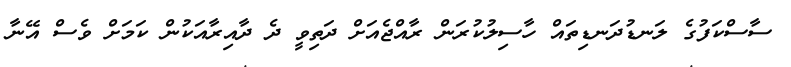
ސާސްކަފުގެ ލަނޑުދަނޑިތައް ހާސިލުކުރަން ރާއްޖެއަށް ދަތިވީ ދެ ދާއިރާއަކުން ކަމަށް ވެސް އޭނާ